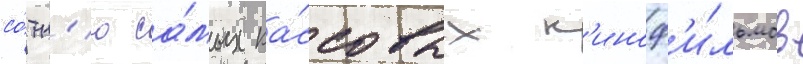
со́тн'ю са́мых ка́ссовых к'иноф'и́льмов